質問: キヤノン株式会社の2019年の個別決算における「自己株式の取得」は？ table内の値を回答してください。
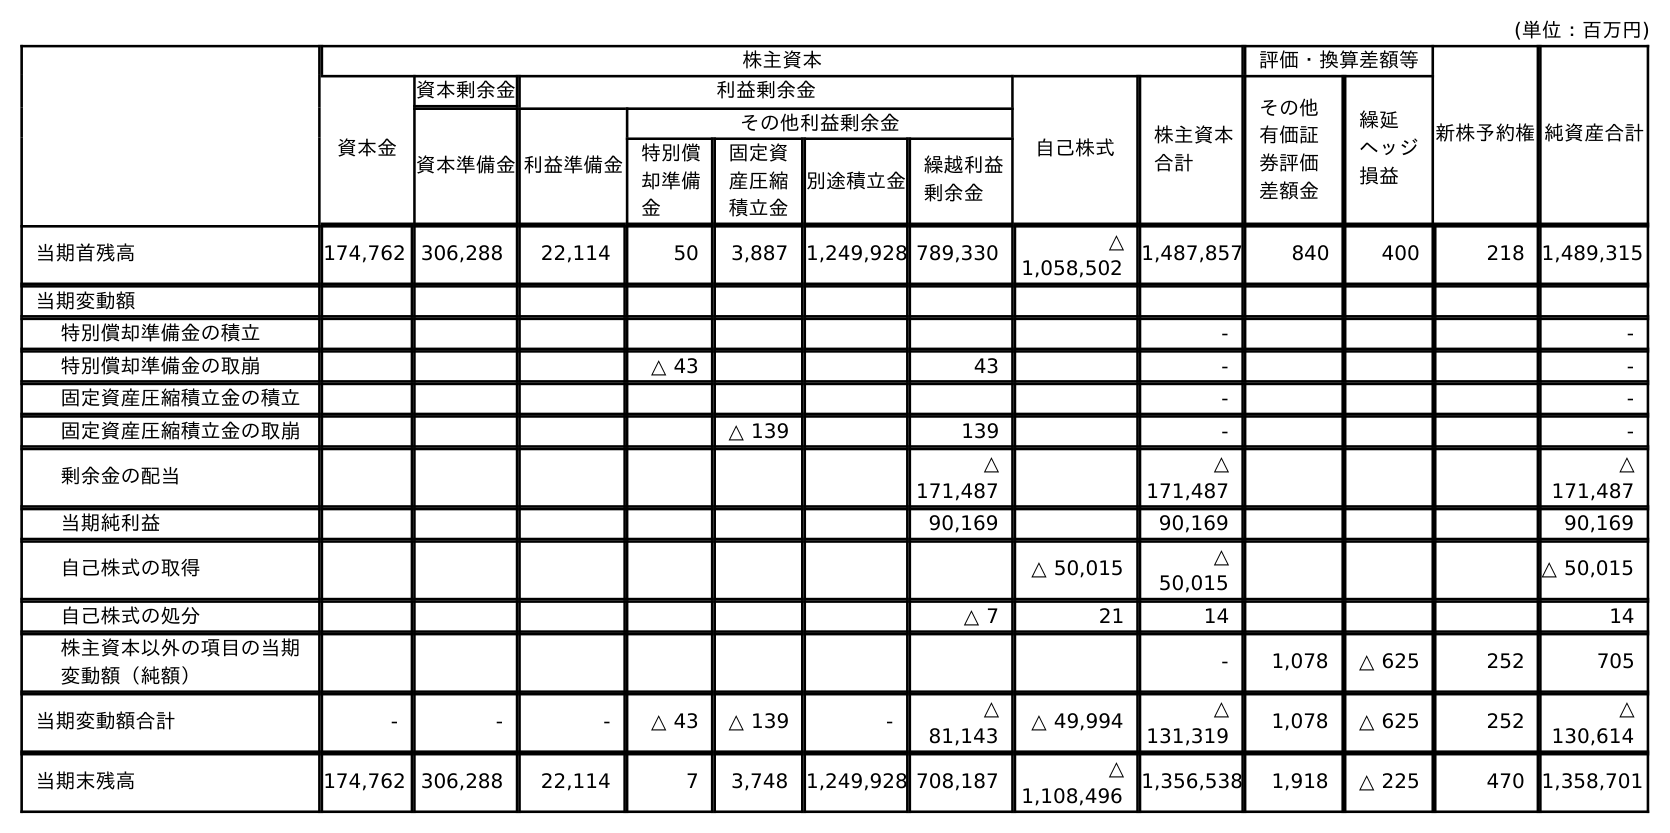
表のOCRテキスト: (単位：百万円) 株主資本 評価・換算差額等 新株予約権純資産合計 資本金 資本剰余金 利益剰余金 自己株式 株主資本 合計 その他 有価証 券評価 差額金 繰延 ヘッジ 損益 資本準備金利益準備金 その他利益剰余金 特別償 却準備 金 固定資 産圧縮 積立金 別途積立金 繰越利益 剰余金 当期首残高 174,762 306,288 22,114 50 3,887 1,249,928 789,330 △ 1,058,502 1,487,857 840 400 218 1,489,315 当期変動額 特別償却準備金の積立 - - 特別償却準備金の取崩 △ 43 43 - - 固定資産圧縮積立金の積立 - - 固定資産圧縮積立金の取崩 △ 139 139 - - 剰余金の配当 △ 171,487 △ 171,487 △ 171,487 当期純利益 90,169 90,169 90,169 自己株式の取得 △ 50,015 △ 50,015 △ 50,015 自己株式の処分 △ 7 21 14 14 株主資本以外の項目の当期 変動額（純額） - 1,078 △ 625 252 705 当期変動額合計 - - - △ 43 △ 139 - △ 81,143 △ 49,994 △ 131,319 1,078 △ 625 252 △ 130,614 当期末残高 174,762 306,288 22,114 7 3,748 1,249,928 708,187 △ 1,108,496 1,356,538 1,918 △ 225 470 1,358,701
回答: △50,015